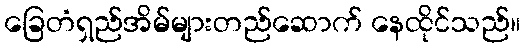
ခြေတံရှည်အိမ်များတည်ဆောက် နေထိုင်သည်။